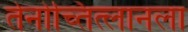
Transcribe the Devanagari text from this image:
तेनोच्तित्लानला